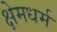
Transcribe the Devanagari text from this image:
क्षेमधर्म